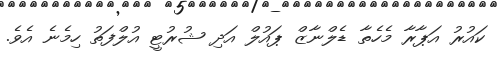
ކައުރު އަޕާރާ މެހެތާ ޑެލްނާޒް ޕައުލް އަދި ޝުރުޓީ އުލްފަތު ހިމެނެ އެވެ.